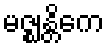
မဇ္ဈန္တိကေ